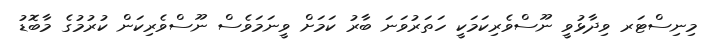
މިނިސްޓަރ ވިދާޅުވީ ނޫސްވެރިކަމަކީ ހަތަރުވަނަ ބާރު ކަމަށް ވީނަމަވެސް ނޫސްވެރިކަން ކުރުމުގެ މާބޮޑު